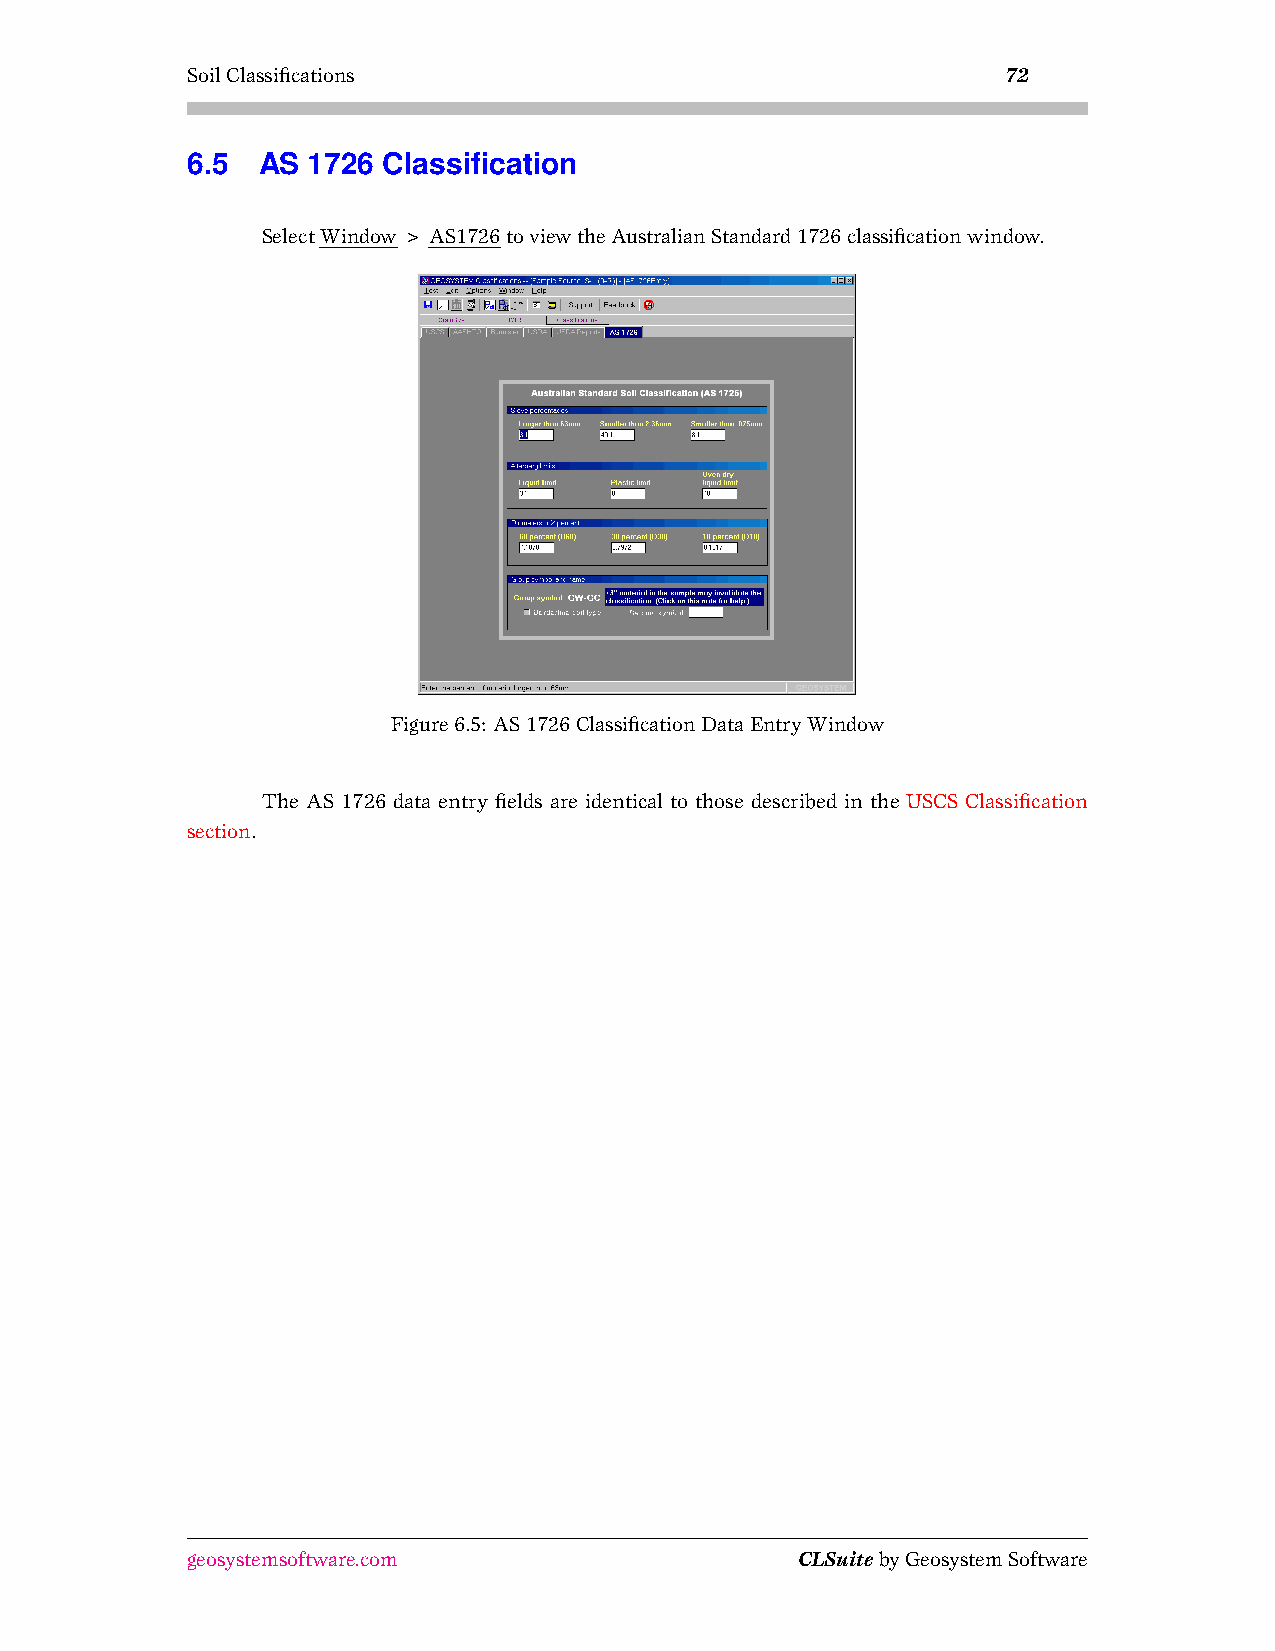
SoilClassifications                                    72
 6.5  AS 1726 Classification
 SelectWindow>AS1726toviewtheAustralianStandard1726classificationwindow.
 Figure6.5: AS1726ClassificationDataEntryWindow
 The AS 1726 data entry fields are identical to those described in the USCS Classification
 section.
 geosystemsoftware.com                    CLSuitebyGeosystemSoftware